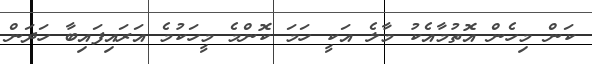
ކަން މިހެން އޮތުމާއެކު މާލެ އަކީ ހަމަ ކޮންމެ މީހަކުމެ އަރައިފައިބާ ހަދަން